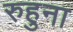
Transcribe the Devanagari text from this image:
रुहुना